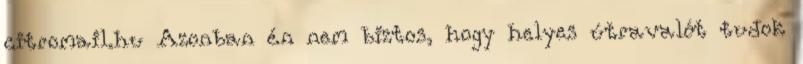
citromail.hu Azonban én nem biztos, hogy helyes útravalót tudok